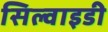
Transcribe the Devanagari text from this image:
सिल्वाइडी